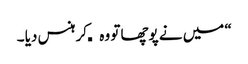
“ میں نے پوچھا تو وہ کھکھلا کر ہنس دیا ۔